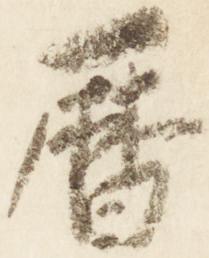
暦